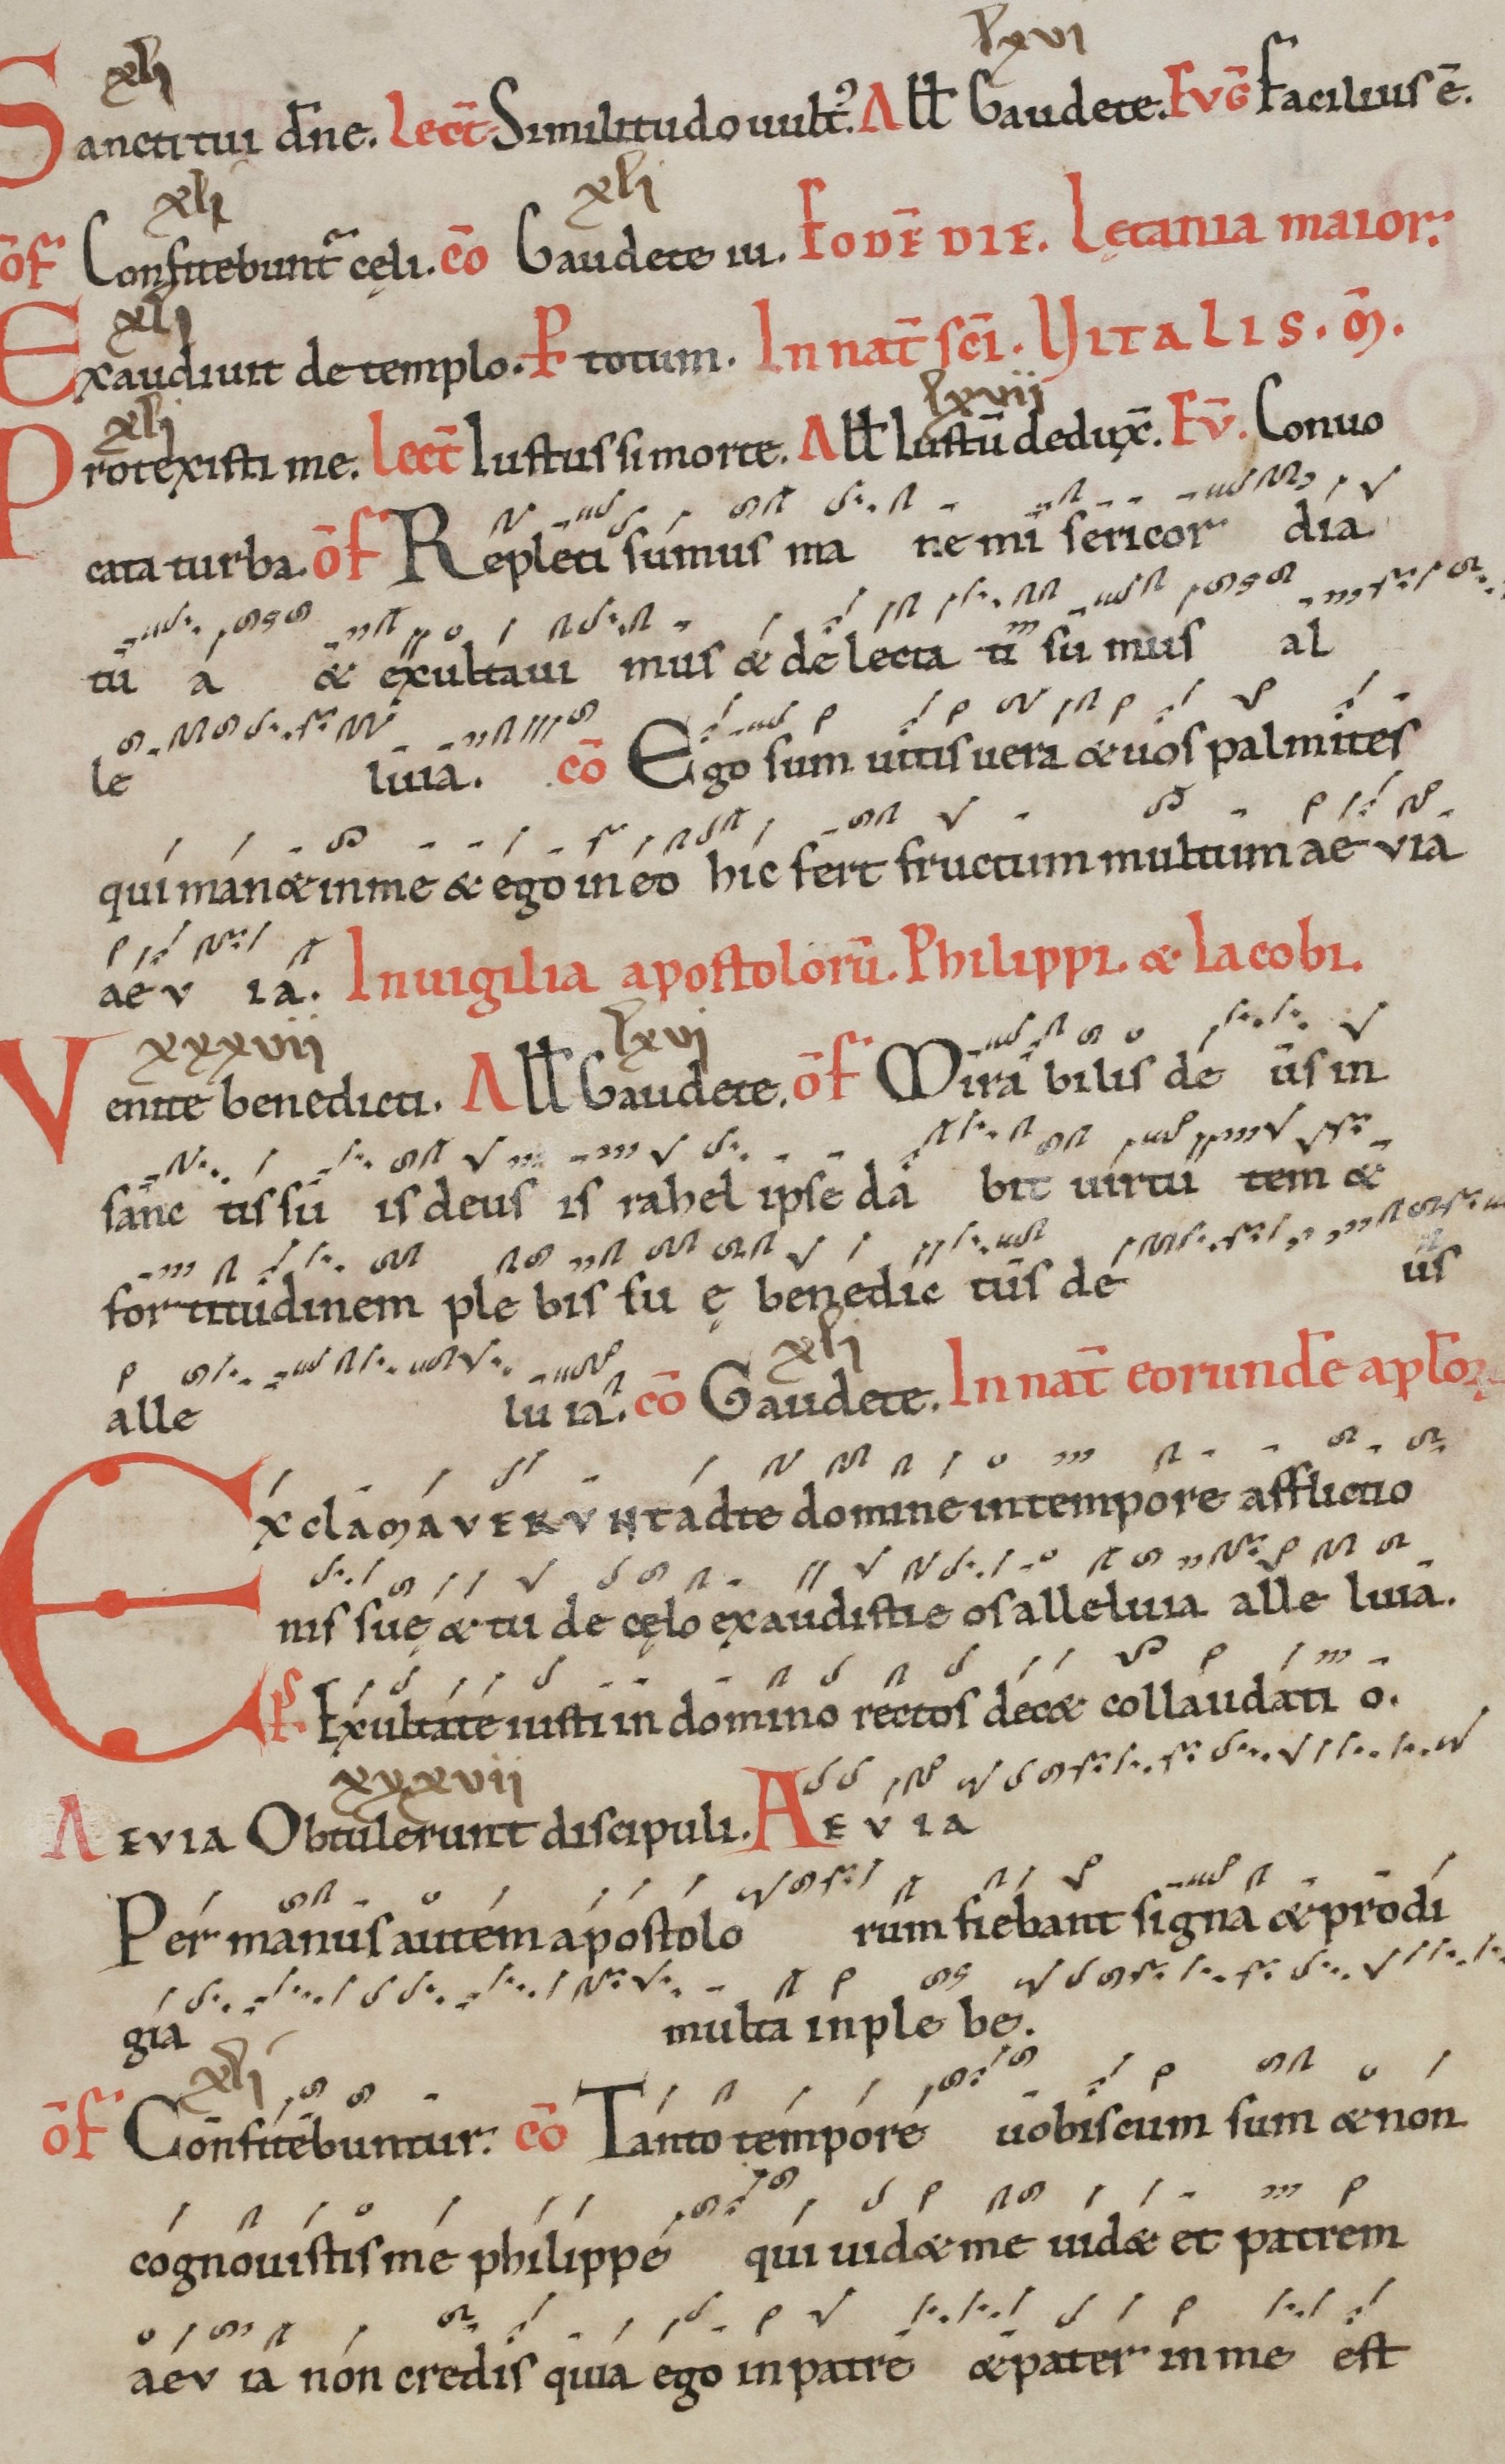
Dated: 1100–1199